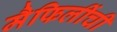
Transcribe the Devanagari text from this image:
मैफिलींची